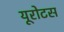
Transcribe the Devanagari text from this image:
यूरोटस